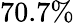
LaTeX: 70.7\%